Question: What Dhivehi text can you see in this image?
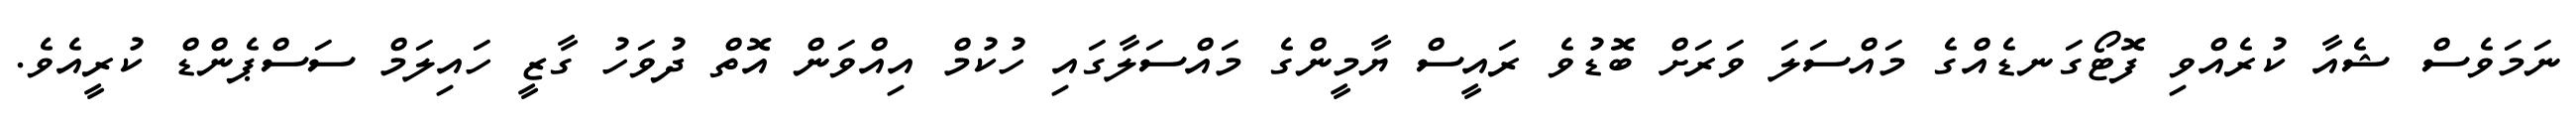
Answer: ނަމަވެސް ޝެއާ ކުރެއްވި ފޮޓޯގަނޑެއްގެ މައްސަލަ ވަރަށް ބޮޑުވެ ރައީސް ޔާމީންގެ މައްސަލާގައި ހުކުމް އިއްވަން އޮތް ދުވަހު ގާޒީ ހައިލަމް ސަސްޕެންޑް ކުރީއެވެ.